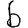
Digit: 6